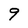
Character: 9